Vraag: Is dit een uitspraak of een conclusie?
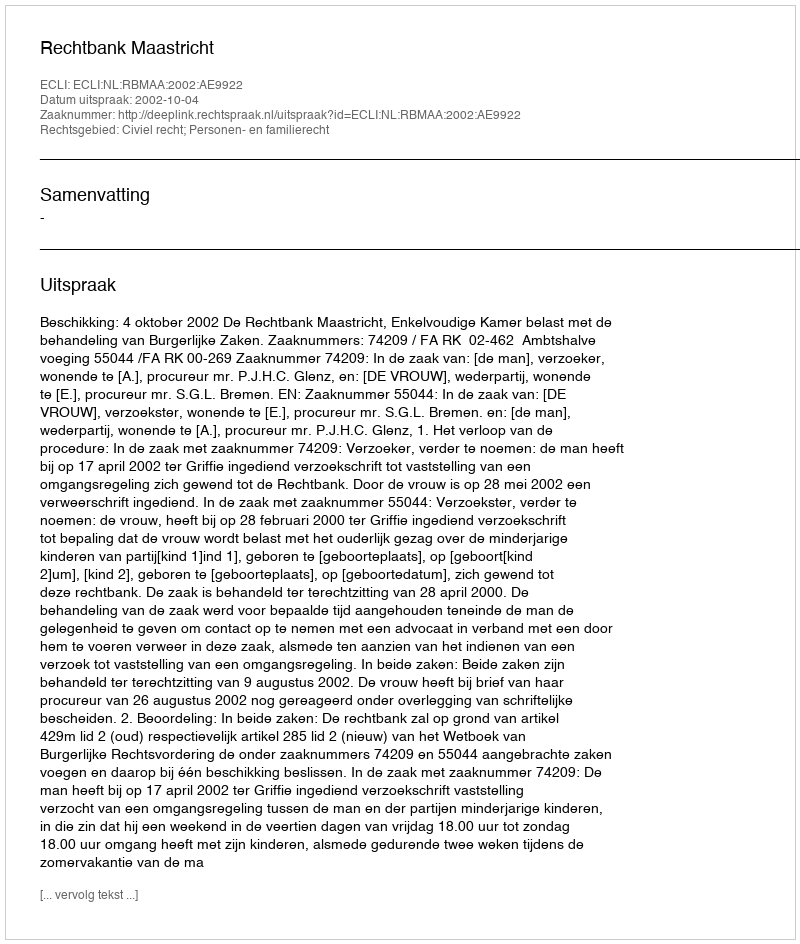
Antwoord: Uitspraak